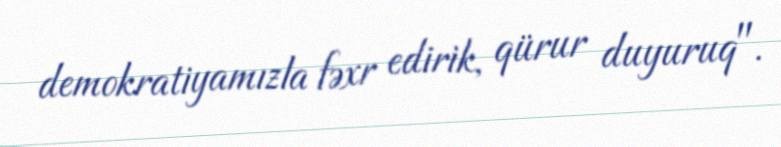
demokratiyamızla fəxr edirik, qürur duyuruq".